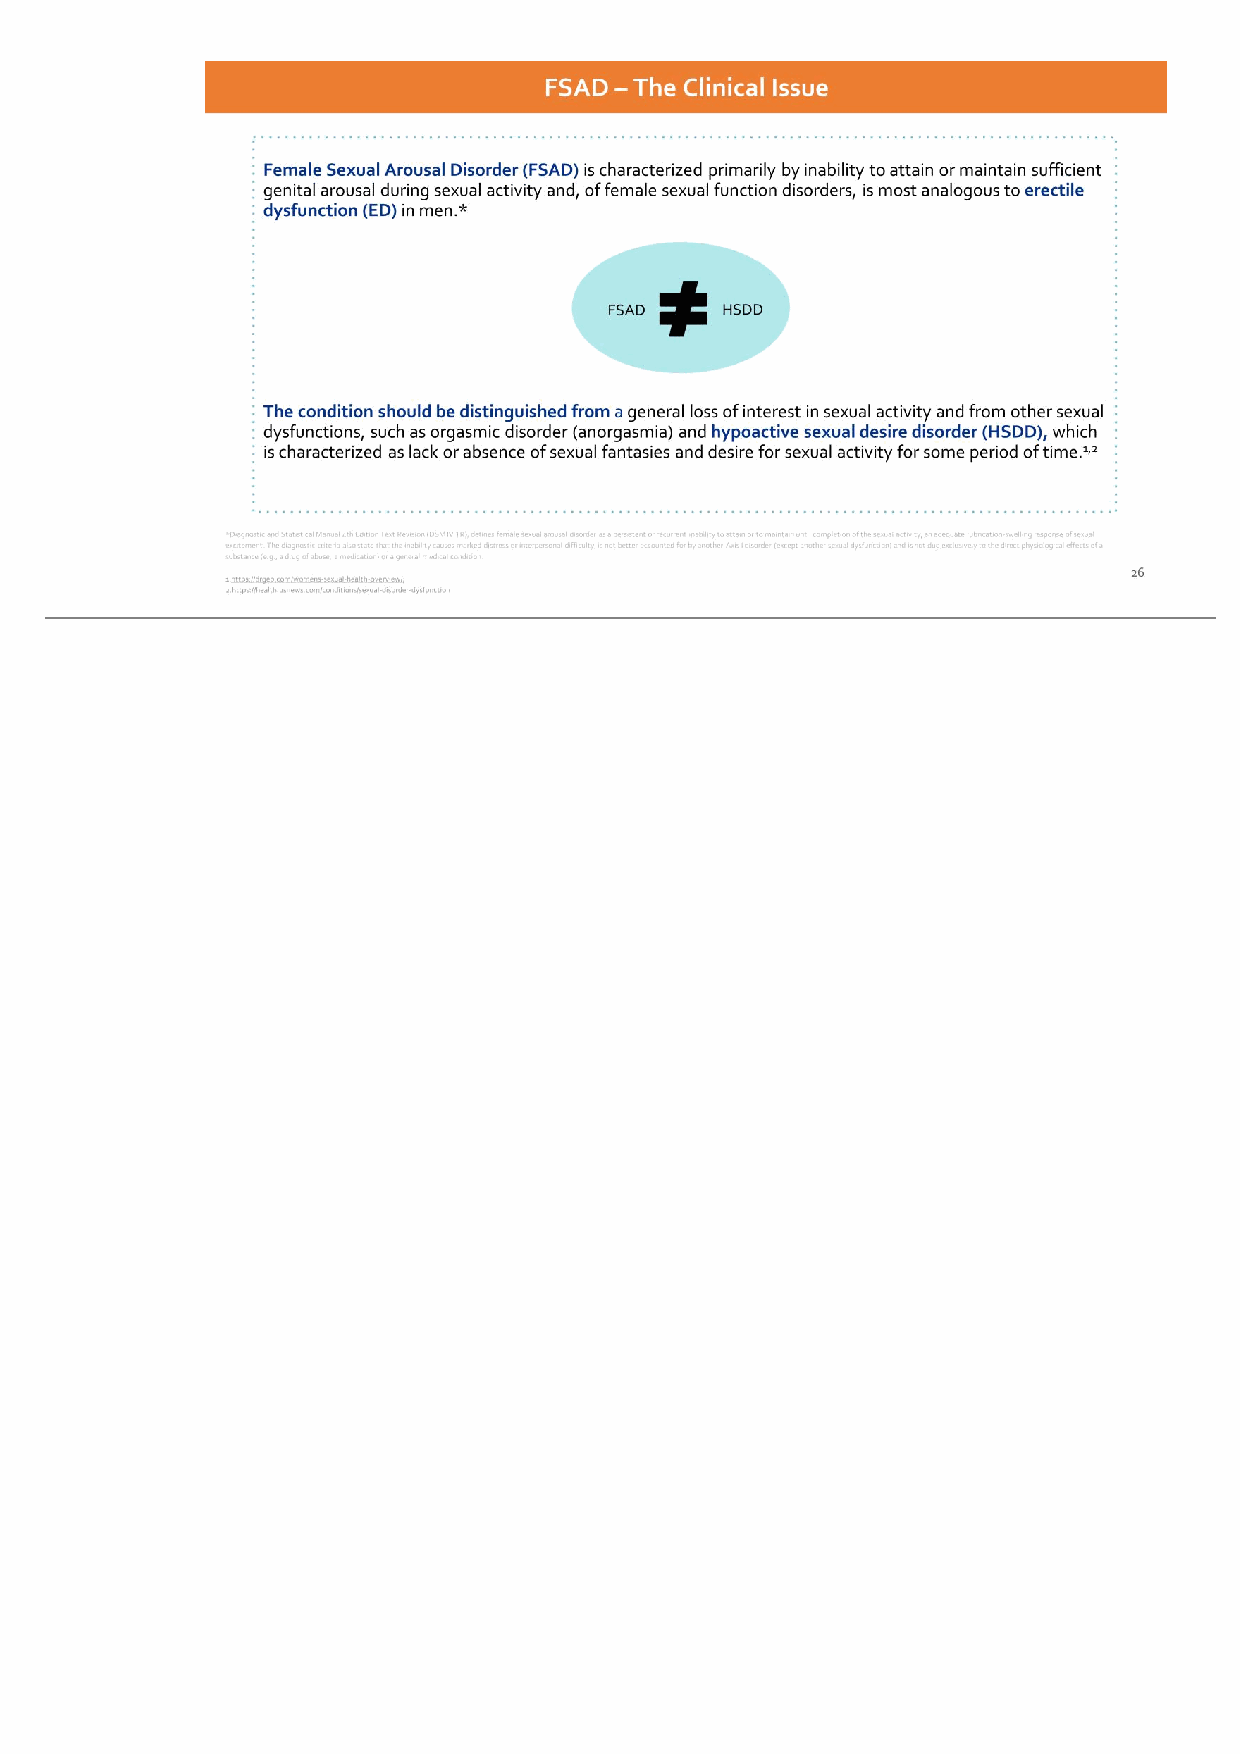
Female Sexual Arousal Disorder (FSAD) is characterized primarily by inability to attain or maintain sufficient genital arousal during sexual activity and, of female sexual function disorders, is most analogous to erectile dysfunction (ED) in men.* The condition should be distinguished from a general loss of interest in sexual activity and from other sexual dysfunctions, such as orgasmic disorder (anorgasmia) and hypoactive sexual desire disorder (HSDD), which is characterized as lack or absence of sexual fantasies and desire for sexual activity for some period of time.1,2 26 FSAD – The Clinical Issue FSAD HSDD *Diagnostic and Statistical Manual 4th Edition Text Revision (DSM IV TR), defines female sexual arousal disorder as a persistent or recurrent inability to attain or to maintain until completion of the sexual activity, an adequate lubrication-swelling response of sexual excitement. The diagnostic criteria also state that the inability causes marked distress or interpersonal difficulty, is not better accounted for by another Axis I disorder (except another sexual dysfunction) and is not due exclusively to the direct physiological effects of a substance (e.g., a drug of abuse, a medication) or a general medical condition. 1.https://drgeo.com/womens-sexual-health-overview/; 2.https://health.usnews.com/conditions/sexual-disorder-dysfunction